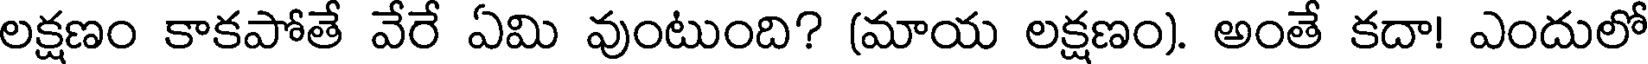
లక్షణం కాకపోతే వేరే ఏమి వుంటుంది? (మాయ లక్షణం). అంతే కదా! ఎందులో